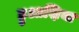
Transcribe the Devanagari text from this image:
हुआश़िया